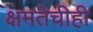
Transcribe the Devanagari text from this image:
क्षमतेचीही